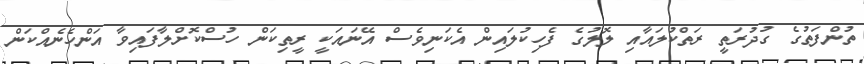
ތުންފަތުގެ ގުދުރަތީ ރަތްކުލައާއި ލޮލުގެ ފެހިކުލައިން އެކަނިވެސް އޭނައަކީ ރީތިކަން ހުސްކޮށްލާފައިވާ އަންހެނެއްކަން